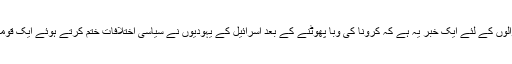
دن رات یہودوہنود کو گالیاں دینے والوں کے لئے ایک خبر یہ ہے کہ کرونا کی وبا پھوٹنے کے بعد اسرائیل کے یہودیوں نے سیاسی اختلافات ختم کرتے ہوئے ایک قومی حکومت بنانے کا فیصلہ کیا ہے ۔